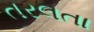
તરલતા